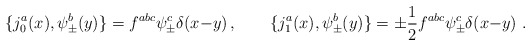
\begin{align*}\{ j^a_0 (x) , \psi^b_\pm (y) \} = f^{abc} \psi_\pm^c \delta(x{-}y)\, , \qquad\{ j^a_1 (x) , \psi^b_\pm (y) \} = \pm {1 \over 2} f^{abc} \psi_\pm^c \delta(x{-}y) \ .\end{align*}